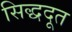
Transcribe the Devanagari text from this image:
सिद्धदूत